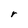
Character: r